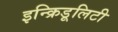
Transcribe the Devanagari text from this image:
इन्क्रिडूलिटी